Civil Veterinary Dept. North-West Frontier Province 1923-32 - 1923-1932
Year: 1923
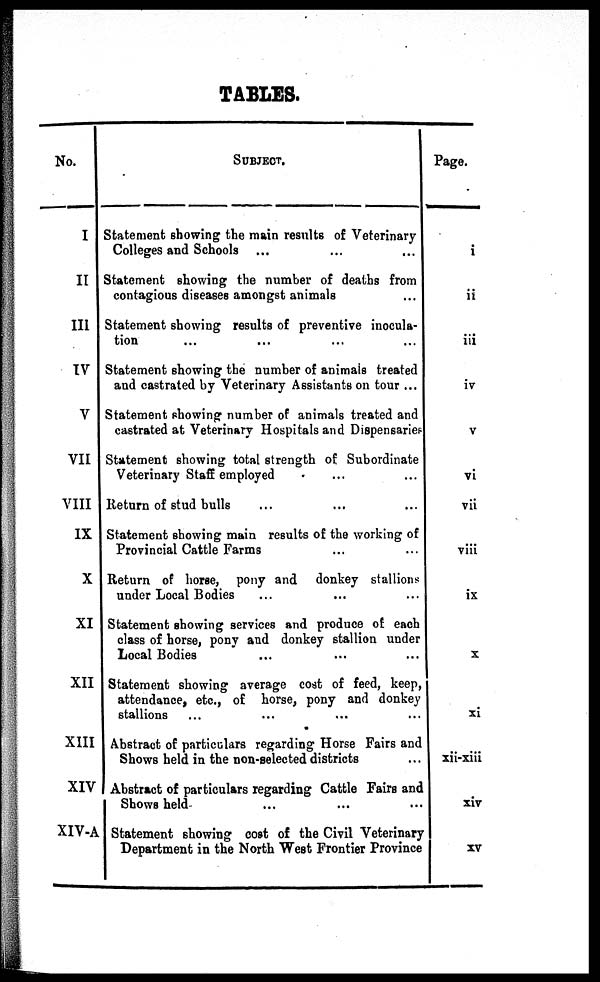
TABLES.
No.
I
II
III
IV
V
VII
VIII
IX
X
XI
XII
XIII
XIV
XIV-A
SUBJECT.
Statement showing the main results of Veterinary
Colleges and Schools ... ... ...
Statement showing the number of deaths from
contagious diseases amongst animals ...
Statement showing results of preventive inocula-
tion ... ... ... ...
Statement showing the number of animals treated
and castrated by Veterinary Assistants on tour ...
Statement showing number of animals treated and
castrated at Veterinary Hospitals and Dispensaries
Statement showing total strength of Subordinate
Veterinary Staff employed ...
Return of stud bulls ... ... ...
Statement showing main results of the working of
Provincial Cattle Farms ... ...
Return of horse, pony and donkey stallions
under Local Bodies ... ... ...
Statement showing services and produce of each
class of horse, pony and donkey stallion under
Local Bodies ... ... ...
Statement showing average cost of feed, keep,
attendance, etc., of horse, pony and donkey
stallions ... ... ...
Abstract of particulars regarding Horse Fairs and
Shows held in the non-selected districts ...
Abstract of particulars regarding Cattle Fairs and
Shows held ... ... ...
Statement showing cost of the Civil Veterinary
Department in the North West Frontier Province
Page.
i
ii
iii
iv
v
vi
vii
viii
ix
x
xi
xii-xiii
xiv
xv